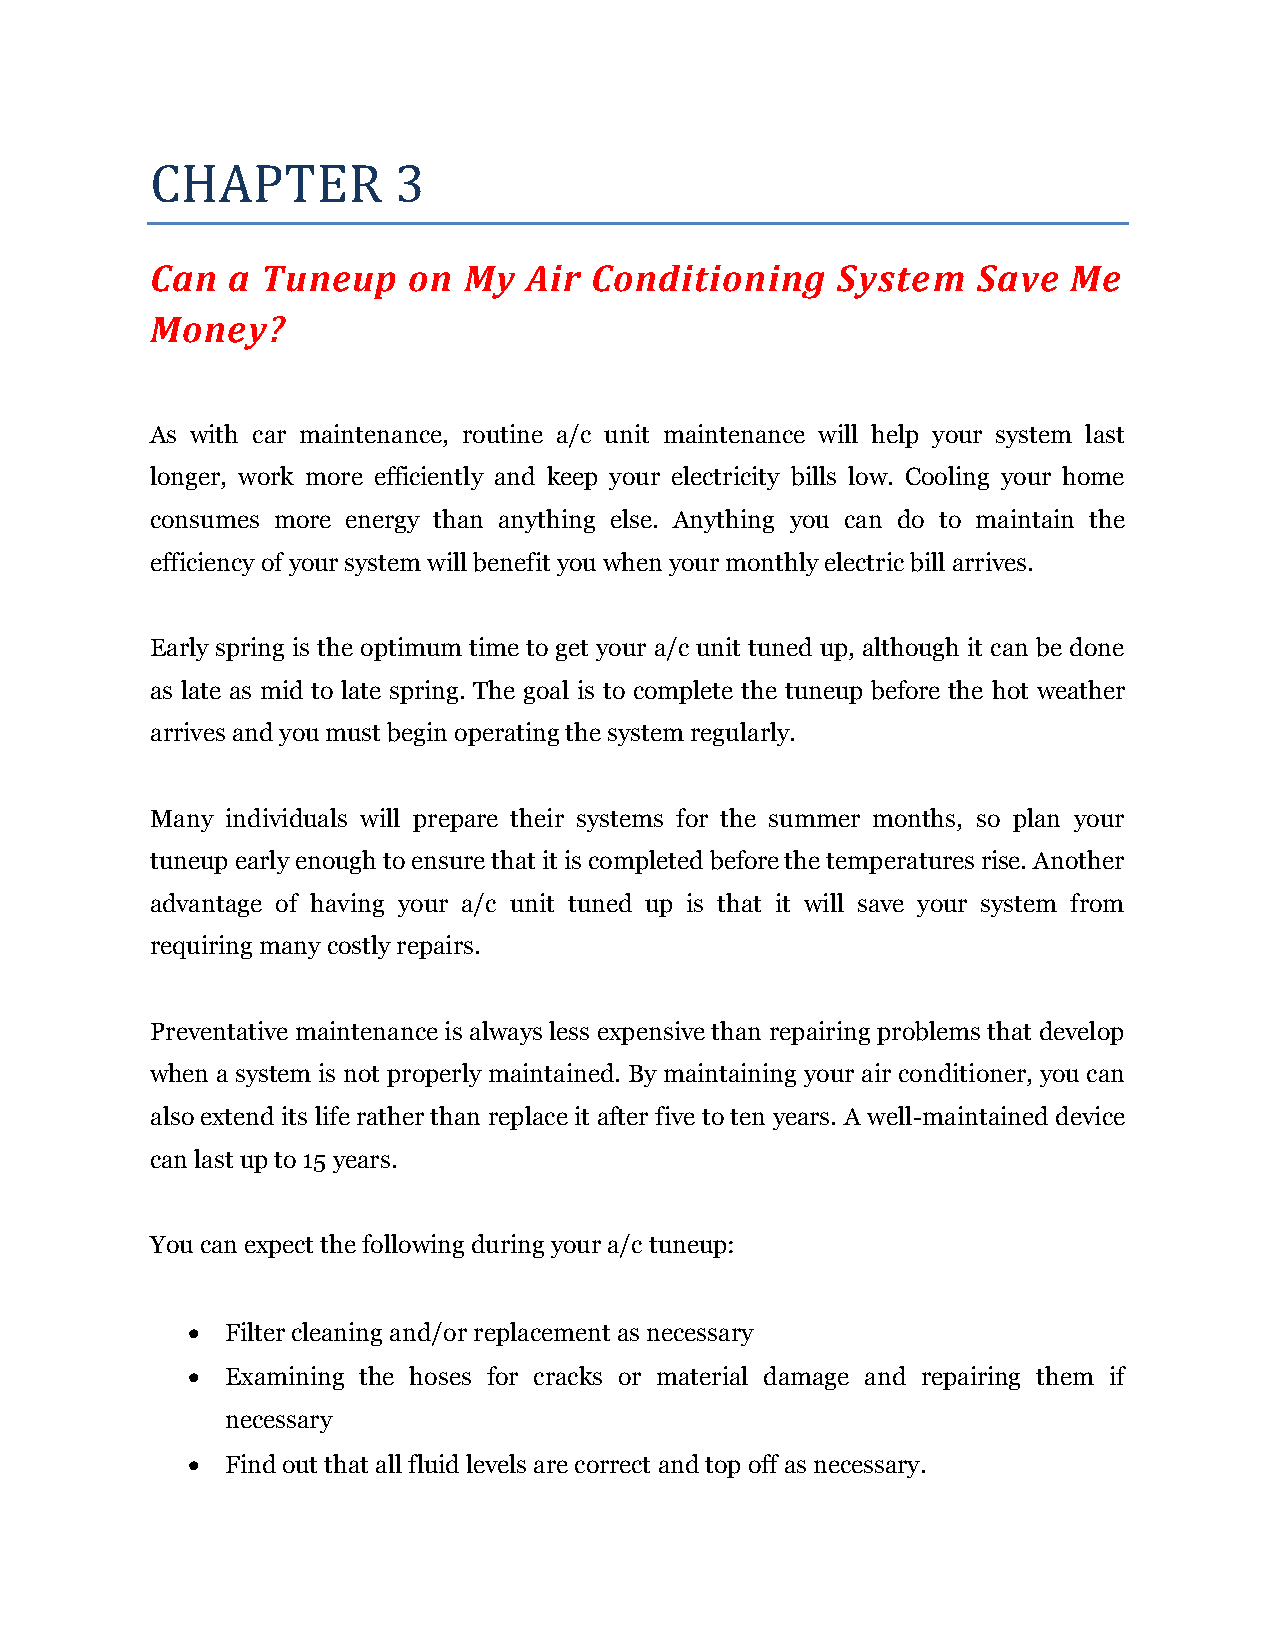
CHAPTER         3
 Can  a Tuneup    on  My  Air Conditioning    System    Save  Me
 Money?
 As with car maintenance, routine a/c unit maintenance will help your system last
 longer, work more efficiently and keep your electricity bills low. Cooling your home
 consumes more energy than anything else. Anything you can do to maintain the
 efficiency of your system will benefit you when your monthly electric bill arrives.
 Early spring is the optimum time to get your a/c unit tuned up, although it can be done
 as late as mid to late spring. The goal is to complete the tuneup before the hot weather
 arrives and you must begin operating the system regularly.
 Many individuals will prepare their systems for the summer months, so plan your
 tuneup early enough to ensure that it is completed before the temperatures rise. Another
 advantage of having your a/c unit tuned up is that it will save your system from
 requiring many costly repairs.
 Preventative maintenance is always less expensive than repairing problems that develop
 when a system is not properly maintained. By maintaining your air conditioner, you can
 also extend its life rather than replace it after five to ten years. A well-maintained device
 can last up to 15 years.
 You can expect the following during your a/c tuneup:
   Filter cleaning and/or replacement as necessary
   Examining the hoses for cracks or material damage and repairing them if
 necessary
   Find out that all fluid levels are correct and top off as necessary.